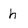
Character: h